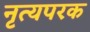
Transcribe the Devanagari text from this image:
नृत्यपरक